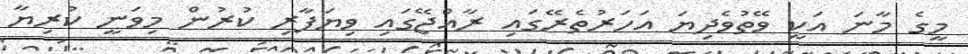
މީގެ މާނަ އަކީ ވޭތުވެދިޔަ އަހަރުތެރޭގައި ރާއްޖޭގައި ވިޔަފާރި ކުރުން މިވަނީ ކުރިޔާ